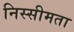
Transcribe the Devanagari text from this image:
निस्सीमता